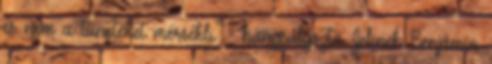
és nem a tüneteket mérsékli" - hangsúlyozta Jelinek Benjámin